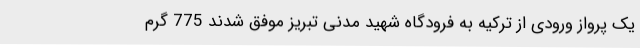
یک پرواز ورودی از ترکیه به فرودگاه شهید مدنی تبریز موفق شدند 775 گرم